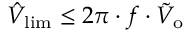
\hat { V } _ { \mathrm { l i m } } \leq 2 \pi \cdot f \cdot \tilde { V } _ { \mathrm { o } }